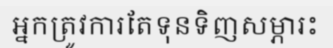
អ្នកត្រូវការតែទុនទិញសម្ភារះ